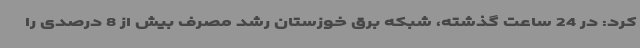
کرد: در 24 ساعت گذشته، شبکه برق خوزستان رشد مصرف بیش از 8 درصدی را